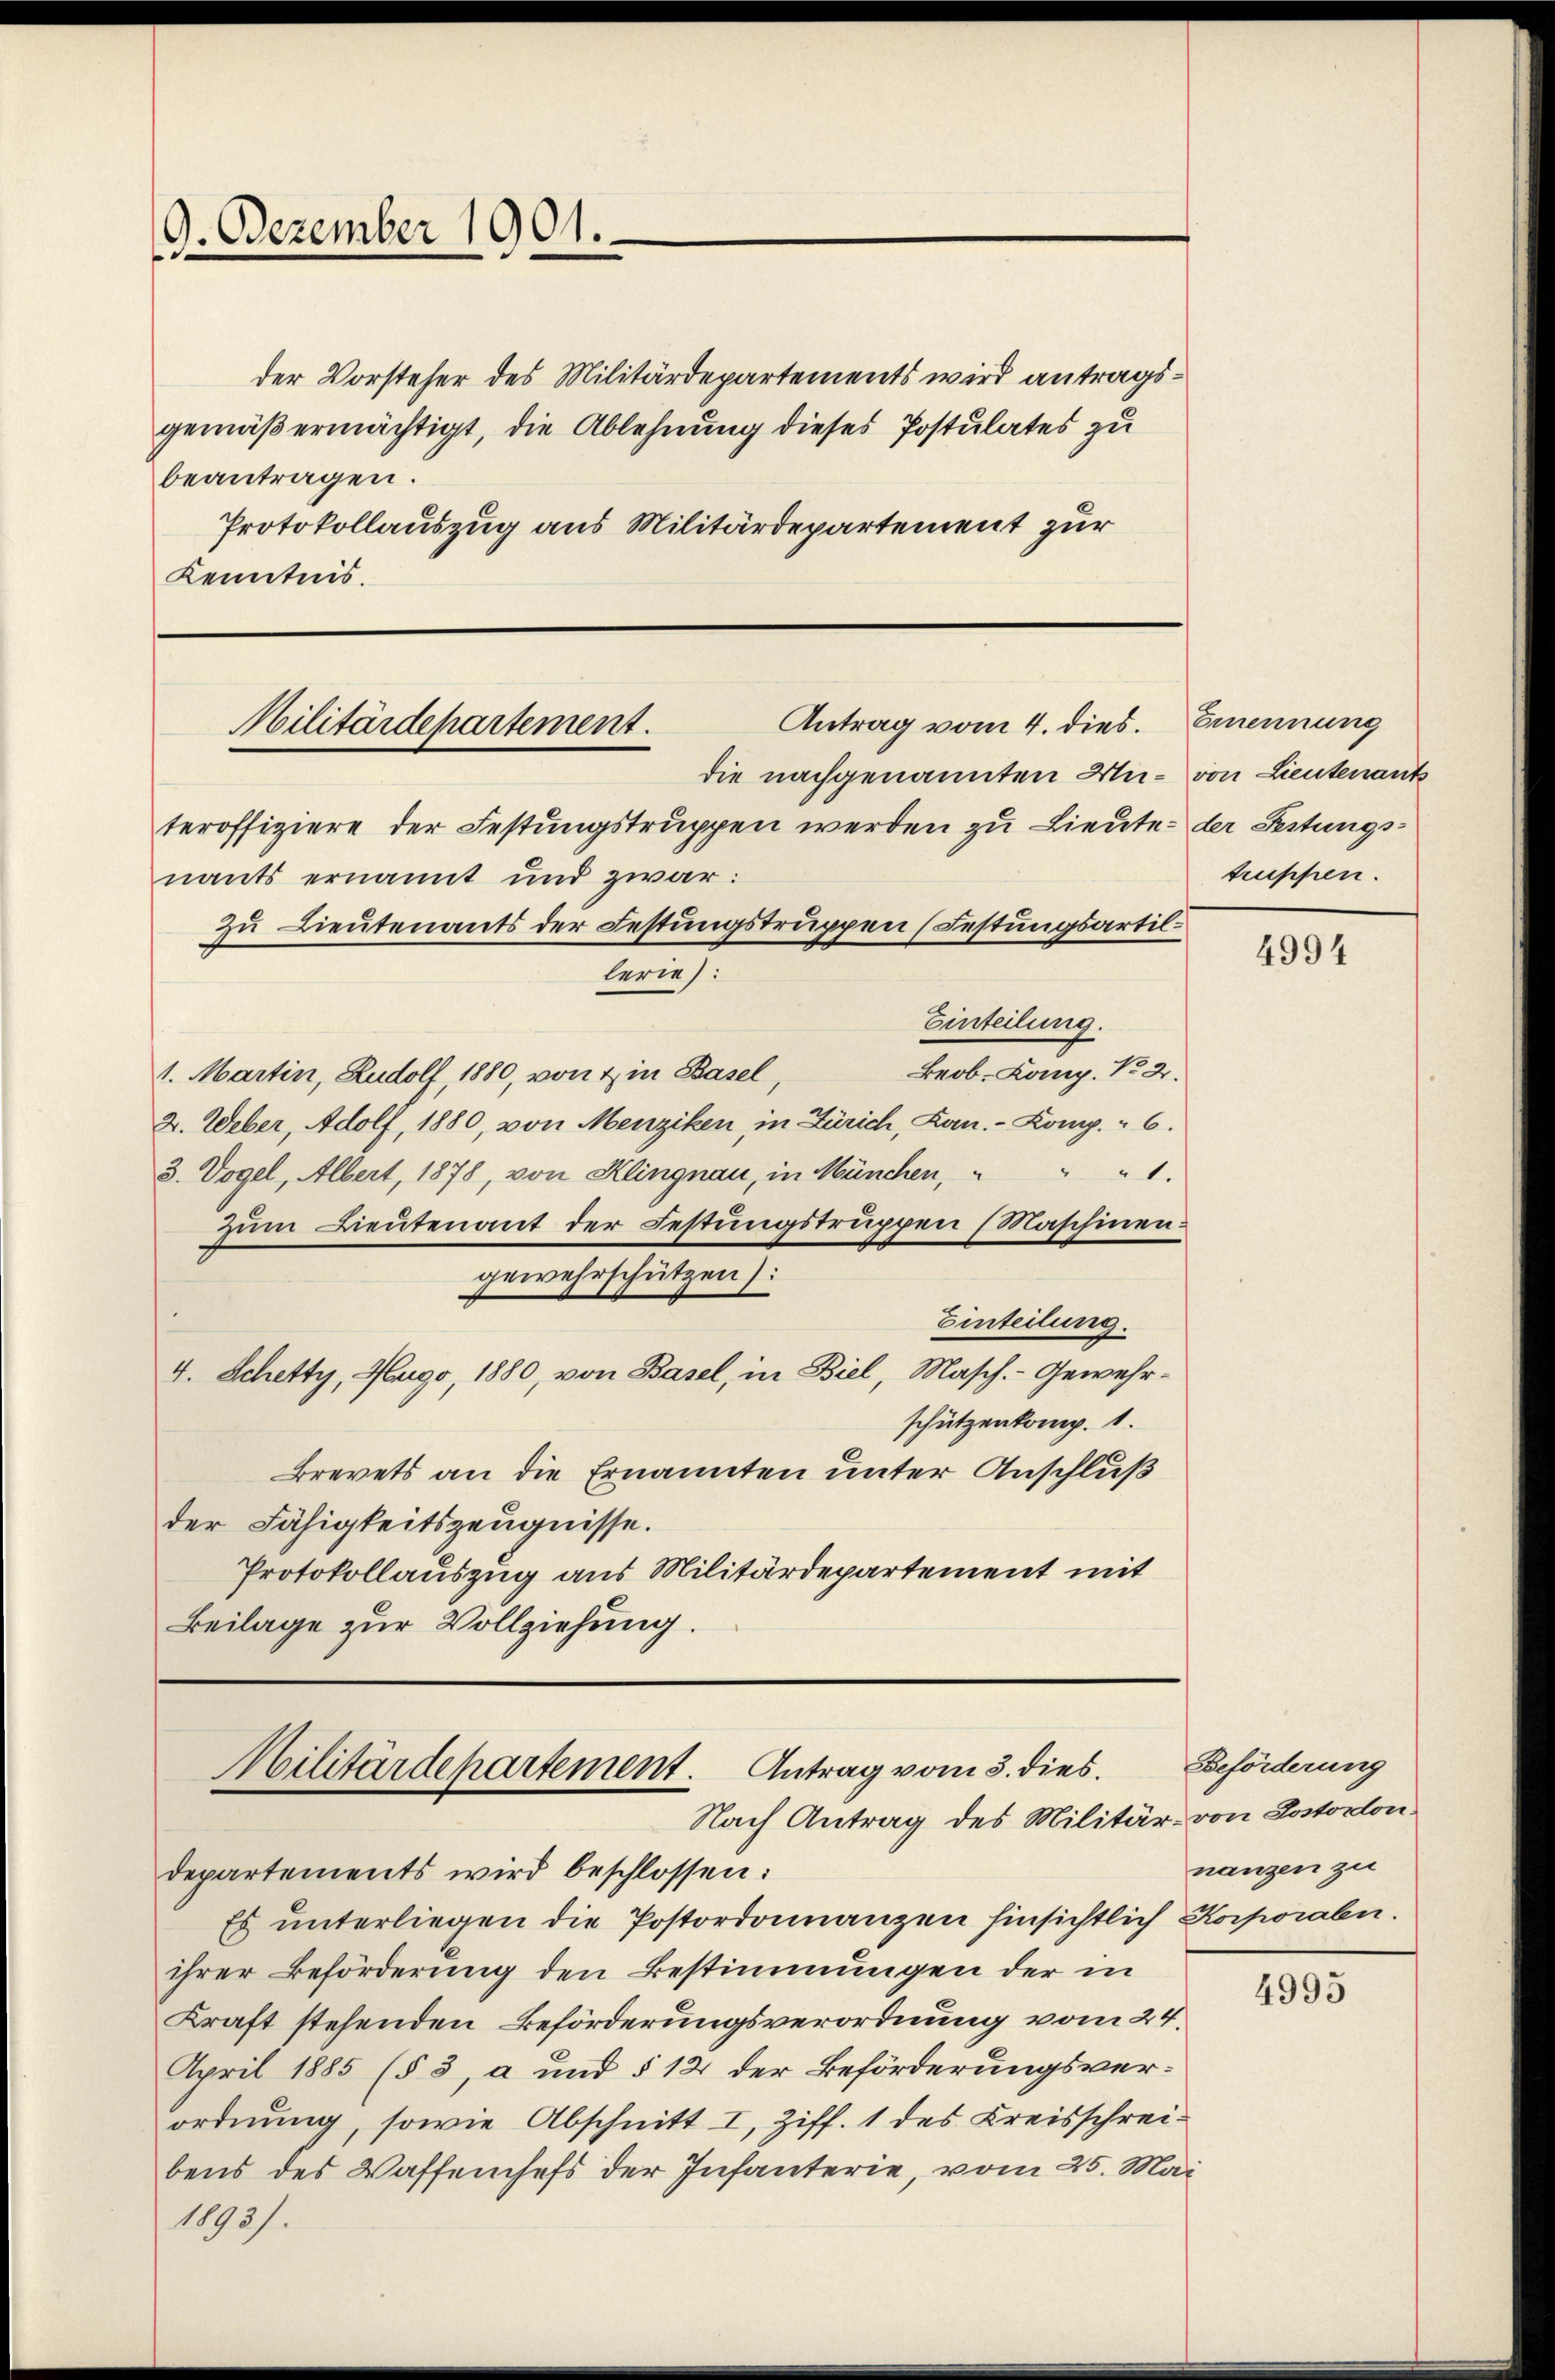
9. Dezember 1901.

der Vorsteher des Militärdepartements wird antragsgemäß ermächtigt, die Ablehnung dieses Postulates zu
beantragen.
Protokollauszug aus Militärdepartement zur
Kenntnis.

teroffiziere der Festungstruppen werden zu Lieute der Festungsnants ernannt und zwar:
Zu Lieutenants der Festungstruppen (Festungsartil¬
Einteilung.
Brob. Komp. No 2.
1. Martin, Rudolf, 1880, von & in Basel,
2. Weber, Adolf, 1880, von Menziken, in Zürich, Lan.- Komp. " 6.
3. Vogel, Albert, 1878, von Klingnau, in München, " " " 1.
Zum Lieutenant der Festungstruppen (Maschinen:
gewehrschützen):
Einteilung.
4. Schetty, Hugo, 1880, von Basel, in Biel, Masch. - Gewehrschützenkomp. 1.
Brevets an die Ernannten unter Anschluß
der Fähigkeitszeugnisse.
Protokollauszug aus Militärdepartement mit
Beilage zur Vollziehung.

Antrag vom 4. dies. Emennung
Militärdepartement.
die nachgenannten An- von Lieutenants

lerief.

Militärdepartement. Antrag vom 5. dies
Nach Antrag des Militär von Lostorlon.

departements wird beschlossen:
Es unterliegen die Postordonnanzen hinsichtlich Korporaben.
ihrer Beförderung den Bestimmungen der in
Kraft stehenden Beförderungsverordnung vom 24.
April 1885 (§ 3, a und § 12 der Beförderungsver-
ordnung, sowie Abschnitt I, Ziff. 1 des Kreisschreibens des Waffenhefs der Infanterie, vom 25. Mai
1893).

truppen.

4994

Beförderung
nanzen zu

4995